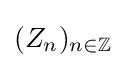
(Z_{n})_{n\in \mathbb {Z} }